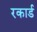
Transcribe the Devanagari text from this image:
रकार्ड